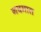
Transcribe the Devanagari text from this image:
नवमात